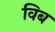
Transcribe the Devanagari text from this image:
विब